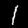
Label: 1